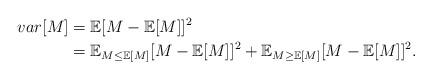
LaTeX: \begin{align*}var[M]&=\mathbb{E}[M-\mathbb{E}[M]]^2\\&=\mathbb{E}_{M\le \mathbb{E}[M]}[M-\mathbb{E}[M]]^2+\mathbb{E}_{M\ge \mathbb{E}[M]}[M-\mathbb{E}[M]]^2.\end{align*}